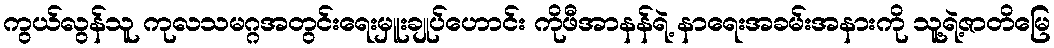
ကွယ်လွန်သူ ကုလသမဂ္ဂအတွင်းရေးမှူးချုပ်ဟောင်း ကိုဖီအာနန်ရဲ့ နာရေးအခမ်းအနားကို သူ့ရဲ့ဇာတိမြေ